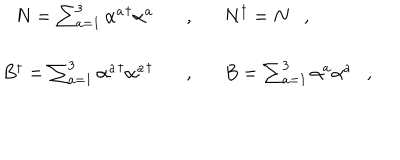
\begin{array} { r c l } { { N = \sum _ { a = 1 } ^ { 3 } { \alpha ^ { a } } ^ { \dagger } \alpha ^ { a } \ \ \ } } & { { , } } & { { \ \ \ N ^ { \dagger } = N \ \ \ , } } \\ { { B ^ { \dagger } = \sum _ { a = 1 } ^ { 3 } { \alpha ^ { a } } ^ { \dagger } { \alpha ^ { a } } ^ { \dagger } \ \ \ } } & { { , } } & { { \ \ \ B = \sum _ { a = 1 } ^ { 3 } \alpha ^ { a } \alpha ^ { a } \ \ \ , } } \\ \end{array}